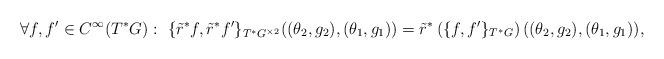
LaTeX: \begin{align*}\forall f,f'\in C^{\infty}(T^{*}G):\ \{\tilde{r}^{*}f,\tilde{r}^{*}f'\}_{T^{*}G^{\times2}}((\theta_{2},g_{2}),(\theta_{1},g_{1})) & = \tilde{r}^{*}\left(\{f,f'\}_{T^{*}G}\right)((\theta_{2},g_{2}),(\theta_{1},g_{1})),\end{align*}